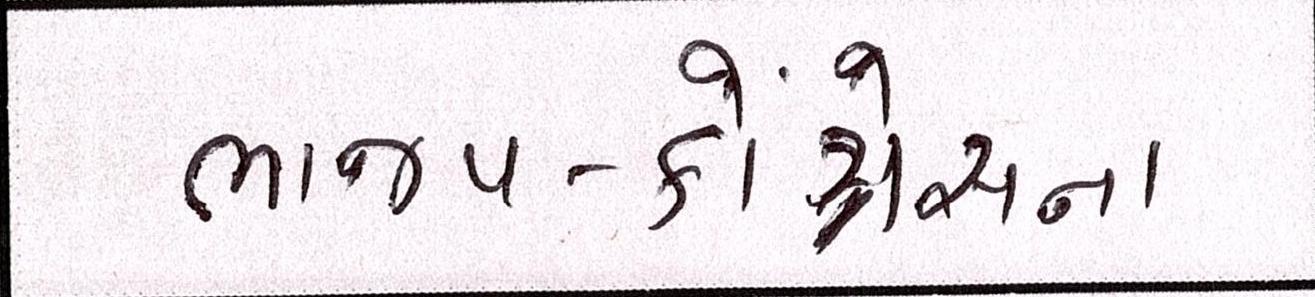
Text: ભાજપ-કોંગ્રેસના